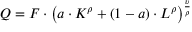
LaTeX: Q = F \cdot \left( a \cdot K ^ { \rho } + ( 1 - a ) \cdot L ^ { \rho } \right) ^ { \frac { \upsilon } { \rho } }